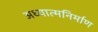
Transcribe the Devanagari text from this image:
अध्यात्मनिर्माण